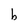
Character: b